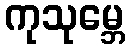
ကုသုမ္ဘေ